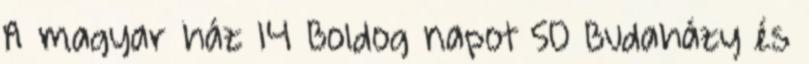
A magyar ház 14 Boldog napot 50 Budaházy és